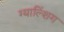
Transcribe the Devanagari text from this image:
ग्याल्शिंग